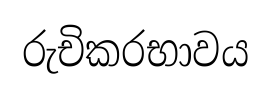
රුචිකරභාවය